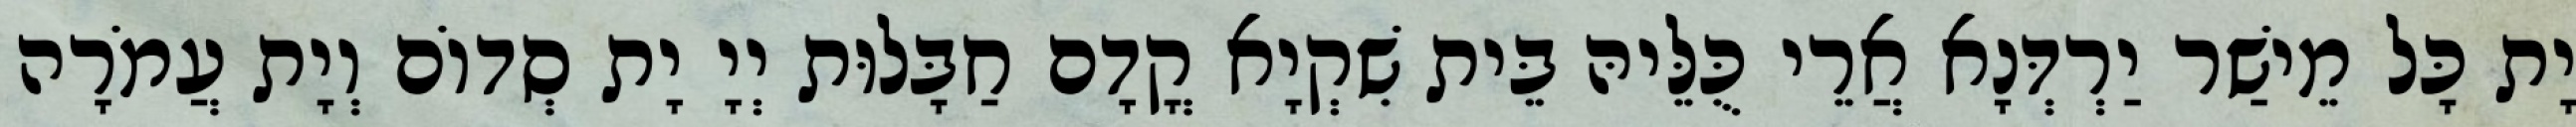
יָת כָּל מֵישַׁר יַרְדְּנָא אֲרֵי כֻּלֵּיהּ בֵּית שִׁקְיָא קֳדָם חַבָּלוּת יְיָ יָת סְדוֹם וְיָת עֲמֹרָה